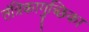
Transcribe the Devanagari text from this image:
तंत्रिकागुच्छिका